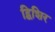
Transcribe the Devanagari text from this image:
द्विशिर